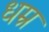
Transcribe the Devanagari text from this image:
धम्र